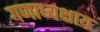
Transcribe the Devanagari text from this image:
गणाध्यक्षाय